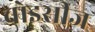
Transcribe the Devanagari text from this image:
चोइसीज